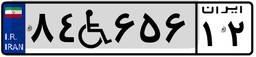
۷۶W۴۱۹۸۸